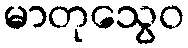
မာတုသွေဝ